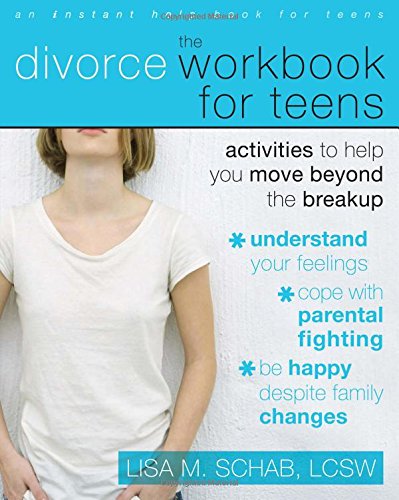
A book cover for The Divorce Workbook for Teens: Activities to Help You Move Beyond the Break Up; Lisa M. Schab LCSW; Teen & Young Adult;